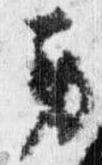
労